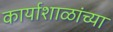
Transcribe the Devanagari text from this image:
कार्याशाळांच्या